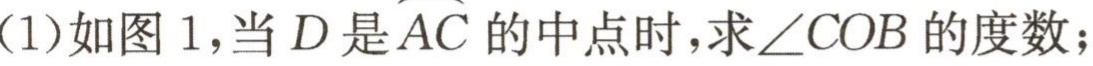
(1)如图 1，当\(D\)是\(\overset{\frown}{AC}\)的中点时，求\(\angle COB\)的度数；